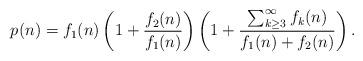
LaTeX: \begin{align*}p(n)=f_{1}(n)\left(1+\frac{f_{2}(n)}{f_{1}(n)}\right)\left(1+\frac{\sum_{k\geq 3}^{\infty}f_{k}(n)}{f_{1}(n)+f_{2}(n)}\right).\end{align*}